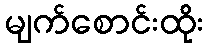
မျက်စောင်းထိုး